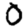
Digit: 0